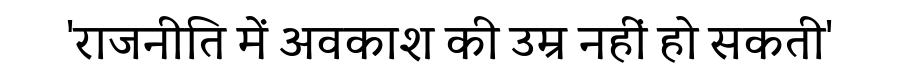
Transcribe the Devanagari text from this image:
'राजनीति में अवकाश की उम्र नहीं हो सकती'